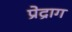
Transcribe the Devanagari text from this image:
प्रेद्राग